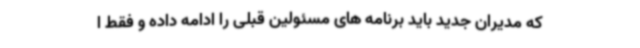
که مدیران جدید باید برنامه های مسئولین قبلی را ادامه داده و فقط ا